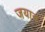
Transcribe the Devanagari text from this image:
जयान